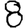
Digit: 8